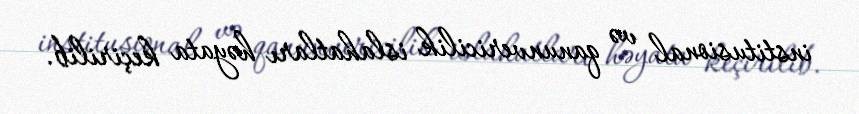
institusional və qanunvericilik islahatları həyata keçirilib.